King Institute of Preventive Medicine Micro-Biological Section reports 1909-11
Year: 1909
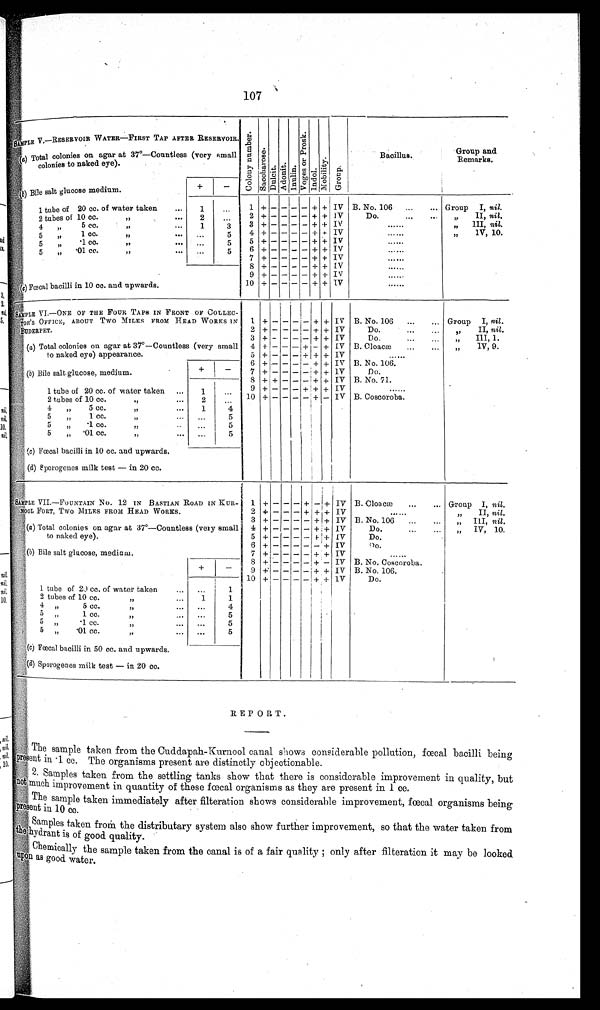
107
S A M P L E V . — R E S E R V O I R W A T E R — F I R S T T A P A F T E R R E S E R V O I R .
C o l o n y n u m b e r s
Sa c c hor s e s
D u l c i t
Adonit
Inulin
Voge e s Pr os k
Indol <obi l i t y
Group
Bacillus.
Group an
d R e ma r k s .
(a) Total colonies on agar at 37°—Countless (very small
colonies to naked eye).
( b
) B i l e s a l t g l u c o s e m e d i u m .
+
–
1 tube of 20 cc. of water taken
...
1
. . .
1 + – – – – + + IV B. No. 106 ...
... Group I, nil.
2 tubes of 10 cc.
...
2
. . .
2
+ – – – – + + IV
Do.
, , I I ,
n i l
.
4 , t u b e s o f 1 0 c c . o f w a t e r t a k e n.
. .
1
3
3
+ – – – – + + IV
. . . .
„ III, nil.
5 , , 1 c c o f w a t e r t a k e n . . .
...
5
4 + – – – – + + IV
......
„
1V, 10.
5,,
1 cc ,, ... ...
5
5 + - - – - + + IV
. . . . .
5 , , 0 1 c c , , . . .
. . .
5 6 + – - - – ++ IV
. . . . . . .
7 + – – – – + + IV
. . . . . .
8 + – –
– + + IV
......
9 + – – – – + + IV
. . . . . .
c) F œ c a l
b a c i l l i i n
1 0 c c .
and upwards.
10 + – – – – + + IV
......
SAMPLE VI.—ONE OF THE FOUR TAPS IN FRONT OF COLLEC-
TOR'S OFFICE, ABOUT TWO MILES FROM HEAD WORKS IN
BUDERET.
1 +
– – – – + + IV B. No. 106 ...
... Group I, nil.
2 + – – - – – + + IV
Do.
II, nil.
( a ) Total colonies on agar at 37º—Countless (very small
to naked eye) appearance.
3 + – – – – + + IV
Do,
III, 1.
4 + – – – – – + IV B. Cloacæ
...
...
IV, 9.
5 + – – – + + + IV
......
6 + .– – – – + + IV B. No. 106.
(b) Bile salt glucose, medium.
+
– 7 + – – – – – + + 1V
Do.
8
+ – – – – + + IV B. No. 71.
1 tube of 20 cc. of water taken
. . .
1
. . .
9 + - - - + – + IV
......
2 tubes of 10 cc.
2
. . . 10 + - – – – + - IV B. Coscoroba.
4 , , 5 c c . , , . . .
1
. . .
5
,,
1 cc.
, , ...
...
5
5
, ,
1 c c .
, ,
. .
. . .
5
5
„ 01 cc.
,,
... ...
5
(c) Fœcal bacilli in 10 cc. and upwards.
(d) sporogenes milk test - in 20 cc.
SAMPLE VII.—FOUNTAIN No. 12 IN BASTIAN ROAD IN KUR-
NOOL FORT, Two MILES FROM HEAD WORKS.
1 + – – – +
–
+ IV B. Cloacæ
...
... Group I, nil.
2 + - - - + ++ IV
II, nil.
3 + - - - - +1+ IV B. No. 106- ...
...
III, nil.
(a) Iotal colonies on agar at 37º—Countless (very small
to naked eye).
4 + – – – – + + IV
Do.
IV, 10.
5 + – – – – + + IV
Do.
6
+
+ – – – –
I + IV
D o .
(b) Bile salt glucose, medium
7
+ – – – – + + IV
......
+
–
S
+ – – – – – – – IV B. No. Coscoroba.
9
+ – – – – + + IV B. No. 106.
1 tube of 20 cc. of water taken
...
...
1
10
+ – – – – – + + 1V
Do,
2 tubes of 10 cc.
. . .
1
1
4 ,, tubes of 5 cc. of water taken ...
...
4
5
1 ,, ....
. . .
5
5
1 cc.
,,
. ..
. . .
5
5 „
01 cc.,
. . .
(c) Fœcal bacilli in 50 cc. and upwards.
(d) Sporogenes milk test - in 20 cc.
REPORT.
T h e s a m p l e t a k e n f r o m t h e C u d d a p a h - K u r n o o l c a n a l s h o w s c o n s i d e r a b l e p o l l u t i o n , f œ c a l b a c i l l i b e i n g
'p resent in .1 cc. The organisms present are distinctly objectionable.
2. Samples taken from the settling tanks show that there is considerable improvement in quality, but
not much improvement in quantity of these fœcal organisms as they are present in 1 cc.
The sample taken immediately after fiteration shows considerable improvement, fœcal organisms being
p r e s e n t i n 1 0 c c .
Samples taken froM the distributary system also show further improvement, so that the water taken from
t h eh
y d r a n t i s o f g o o d . q u a l i t y .
Chemically the sample taken from the canal is of a fair quality only after filteration it may be looked
upon as good wat er .